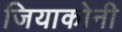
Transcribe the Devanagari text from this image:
जियाकोनी